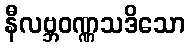
နီလဗ္ဘဝဏ္ဏသဒိသော